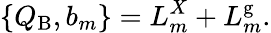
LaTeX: \{ Q_{\mathrm{B}},b_{m}\} =L_{m}^{X}+L_{m}^{\mathrm{g}}.